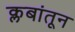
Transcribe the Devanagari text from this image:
क्लबांतून